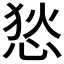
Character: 悐